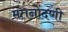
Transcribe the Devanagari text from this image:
मतनोंदणी